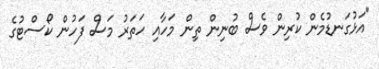
"އަޅުގަނޑުމެން ކުރިން ވެސް ބުނިން ތިން މަހާއި ހަތަރު މަސް ފަހުން ކޯސްޓުގެ